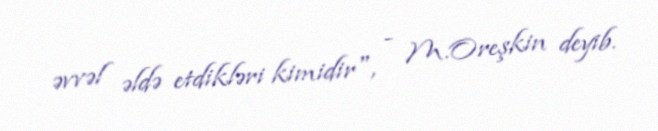
əvvəl əldə etdikləri kimidir", - M.Oreşkin deyib.